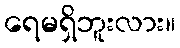
ရေမရှိဘူးလား။